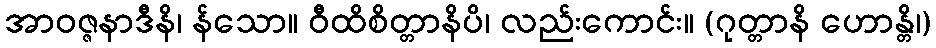
အာဝဇ္ဇနာဒီနိ၊ န်သော။ ဝီထိစိတ္တာနိပိ၊ လည်းကောင်း။ (ဂုတ္တာနိ ဟောန္တိ၊)